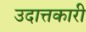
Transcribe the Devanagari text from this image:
उदात्तकारी